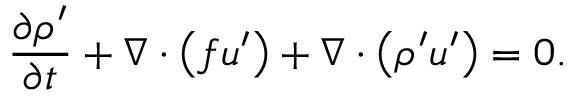
\frac { \partial \rho ^ { \prime } } { \partial t } + \nabla \cdot \left( f \boldsymbol { u } ^ { \prime } \right) + \nabla \cdot \left( \rho ^ { \prime } \boldsymbol { u } ^ { \prime } \right) = 0 .